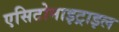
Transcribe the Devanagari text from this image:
एसिटोनाइट्राइल